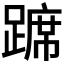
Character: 𫏛